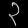
Digit: ၃